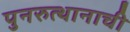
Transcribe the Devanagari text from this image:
पुनरुत्थानाची